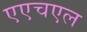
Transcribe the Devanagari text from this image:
एएचएल